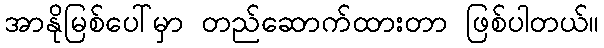
အာနိုမြစ်ပေါ်မှာ တည်ဆောက်ထားတာ ဖြစ်ပါတယ်။